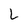
Character: L